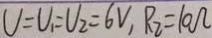
U = U _ { 1 } = U _ { 2 } = 6 V , R _ { 2 } = 1 0 \Omega